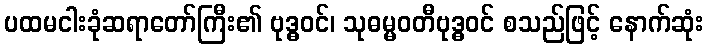
ပထမငါးခုံဆရာတော်ကြီး၏ ဗုဒ္ဓဝင်၊ သုဓမ္မဝတီဗုဒ္ဓဝင် စသည်ဖြင့် နောက်ဆုံး